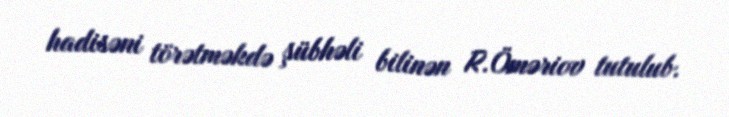
hadisəni törətməkdə şübhəli bilinən R.Öməriov tutulub.